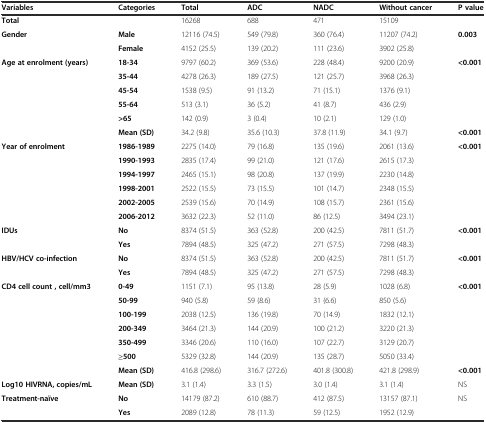
<table><thead><tr><td><b>Variables</b></td><td><b>Categories</b></td><td><b>Total</b></td><td><b>ADC</b></td><td><b>NADC</b></td><td><b>Without cancer</b></td><td><b>P value</b></td></tr></thead><tbody><tr><td><b>Total</b></td><td>[EMPTY_CELL]</td><td>16268</td><td>688</td><td>471</td><td>15109</td><td>[EMPTY_CELL]</td></tr><tr><td rowspan="2"><b>Gender</b></td><td><b>Male</b></td><td>12116 (74.5)</td><td>549 (79.8)</td><td>360 (76.4)</td><td>11207 (74.2)</td><td><b>0.003</b></td></tr><tr><td><b>Female</b></td><td>4152 (25.5)</td><td>139 (20.2)</td><td>111 (23.6)</td><td>3902 (25.8)</td><td>[EMPTY_CELL]</td></tr><tr><td rowspan="3"><b>Age at enrolment (years)</b></td><td><b>18-34</b></td><td>9797 (60.2)</td><td>369 (53.6)</td><td>228 (48.4)</td><td>9200 (20.9)</td><td><b>&lt;0.001</b></td></tr><tr><td><b>35-44</b></td><td>4278 (26.3)</td><td>189 (27.5)</td><td>121 (25.7)</td><td>3968 (26.3)</td><td>[EMPTY_CELL]</td></tr><tr><td><b>45-54</b></td><td>1538 (9.5)</td><td>91 (13.2)</td><td>71 (15.1)</td><td>1376 (9.1)</td><td>[EMPTY_CELL]</td></tr><tr><td>[EMPTY_CELL]</td><td><b>55-64</b></td><td>513 (3.1)</td><td>36 (5.2)</td><td>41 (8.7)</td><td>436 (2.9)</td><td>[EMPTY_CELL]</td></tr><tr><td>[EMPTY_CELL]</td><td><b>&gt;65</b></td><td>142 (0.9)</td><td>3 (0.4)</td><td>10 (2.1)</td><td>129 (1.0)</td><td>[EMPTY_CELL]</td></tr><tr><td>[EMPTY_CELL]</td><td><b>Mean (SD)</b></td><td>34.2 (9.8)</td><td>35.6 (10.3)</td><td>37.8 (11.9)</td><td>34.1 (9.7)</td><td><b>&lt;0.001</b></td></tr><tr><td><b>Year of enrolment</b></td><td><b>1986-1989</b></td><td>2275 (14.0)</td><td>79 (16.8)</td><td>135 (19.6)</td><td>2061 (13.6)</td><td><b>&lt;0.001</b></td></tr><tr><td>[EMPTY_CELL]</td><td><b>1990-1993</b></td><td>2835 (17.4)</td><td>99 (21.0)</td><td>121 (17.6)</td><td>2615 (17.3)</td><td>[EMPTY_CELL]</td></tr><tr><td>[EMPTY_CELL]</td><td><b>1994-1997</b></td><td>2465 (15.1)</td><td>98 (20.8)</td><td>137 (19.9)</td><td>2230 (14.8)</td><td>[EMPTY_CELL]</td></tr><tr><td>[EMPTY_CELL]</td><td><b>1998-2001</b></td><td>2522 (15.5)</td><td>73 (15.5)</td><td>101 (14.7)</td><td>2348 (15.5)</td><td>[EMPTY_CELL]</td></tr><tr><td>[EMPTY_CELL]</td><td><b>2002-2005</b></td><td>2539 (15.6)</td><td>70 (14.9)</td><td>108 (15.7)</td><td>2361 (15.6)</td><td>[EMPTY_CELL]</td></tr><tr><td>[EMPTY_CELL]</td><td><b>2006-2012</b></td><td>3632 (22.3)</td><td>52 (11.0)</td><td>86 (12.5)</td><td>3494 (23.1)</td><td>[EMPTY_CELL]</td></tr><tr><td><b>IDUs</b></td><td><b>No</b></td><td>8374 (51.5)</td><td>363 (52.8)</td><td>200 (42.5)</td><td>7811 (51.7)</td><td><b>&lt;0.001</b></td></tr><tr><td>[EMPTY_CELL]</td><td><b>Yes</b></td><td>7894 (48.5)</td><td>325 (47.2)</td><td>271 (57.5)</td><td>7298 (48.3)</td><td>[EMPTY_CELL]</td></tr><tr><td><b>HBV/HCV co-infection</b></td><td><b>No</b></td><td>8374 (51.5)</td><td>363 (52.8)</td><td>200 (42.5)</td><td>7811 (51.7)</td><td><b>&lt;0.001</b></td></tr><tr><td>[EMPTY_CELL]</td><td><b>Yes</b></td><td>7894 (48.5)</td><td>325 (47.2)</td><td>271 (57.5)</td><td>7298 (48.3)</td><td>[EMPTY_CELL]</td></tr><tr><td rowspan="2"><b>CD4 cell count , cell/mm3</b></td><td><b>0-49</b></td><td>1151 (7.1)</td><td>95 (13.8)</td><td>28 (5.9)</td><td>1028 (6.8)</td><td><b>&lt;0.001</b></td></tr><tr><td><b>50-99</b></td><td>940 (5.8)</td><td>59 (8.6)</td><td>31 (6.6)</td><td>850 (5.6)</td><td>[EMPTY_CELL]</td></tr><tr><td rowspan="4">[EMPTY_CELL]</td><td><b>100-199</b></td><td>2038 (12.5)</td><td>136 (19.8)</td><td>70 (14.9)</td><td>1832 (12.1)</td><td>[EMPTY_CELL]</td></tr><tr><td><b>200-349</b></td><td>3464 (21.3)</td><td>144 (20.9)</td><td>100 (21.2)</td><td>3220 (21.3)</td><td>[EMPTY_CELL]</td></tr><tr><td><b>350-499</b></td><td>3346 (20.6)</td><td>110 (16.0)</td><td>107 (22.7)</td><td>3129 (20.7)</td><td>[EMPTY_CELL]</td></tr><tr><td><b>≥500</b></td><td>5329 (32.8)</td><td>144 (20.9)</td><td>135 (28.7)</td><td>5050 (33.4)</td><td>[EMPTY_CELL]</td></tr><tr><td>[EMPTY_CELL]</td><td><b>Mean (SD)</b></td><td>416.8 (298.6)</td><td>316.7 (272.6)</td><td>401.8 (300.8)</td><td>421.8 (298.9)</td><td><b>&lt;0.001</b></td></tr><tr><td><b>Log10 HIVRNA, copies/mL</b></td><td><b>Mean (SD)</b></td><td>3.1 (1.4)</td><td>3.3 (1.5)</td><td>3.0 (1.4)</td><td>3.1 (1.4)</td><td>NS</td></tr><tr><td><b>Treatment-naïve</b></td><td><b>No</b></td><td>14179 (87.2)</td><td>610 (88.7)</td><td>412 (87.5)</td><td>13157 (87.1)</td><td>NS</td></tr><tr><td>[EMPTY_CELL]</td><td><b>Yes</b></td><td>2089 (12.8)</td><td>78 (11.3)</td><td>59 (12.5)</td><td>1952 (12.9)</td><td>[EMPTY_CELL]</td></tr></tbody></table>